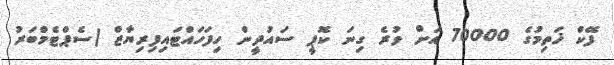
ފޭކް ޚަތިމުގެ 70000 އަށް ވުރެ ގިނަ ކޮޕީ ސައުދީން ހިފަހައްޓައިފިރިޔާޒް (ސެޕްޓެމްބަރު